Source: Handwritten
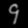
Digit: ၄ (4)